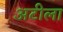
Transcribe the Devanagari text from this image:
अटीला